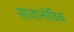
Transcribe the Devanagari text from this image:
सावानोविक